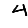
Digit: 4